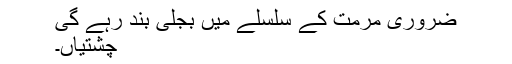
ضروری مرمت کے سلسلے میں بجلی بند رہے گی
چشتیاں۔